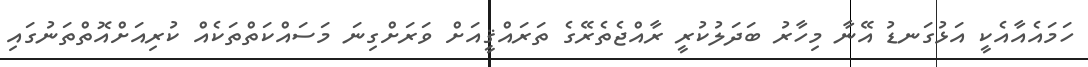
ހަމައެއާއެކީ އަޅުގަނޑު އޭނާ މިހާރު ބަދަލުކުރީ ރާއްޖެތެރޭގެ ތަރައްޤީއަށް ވަރަށްގިނަ މަސައްކަތްތަކެއް ކުރިއަށްއޮތްތަނުގައި